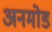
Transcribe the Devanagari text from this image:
अनमोड